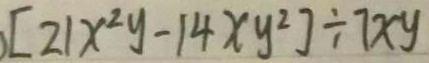
[ 2 1 x ^ { 2 } y - 1 4 x y ^ { 2 } ] \div 7 x y